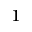
^ { 1 }